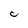
Character: C